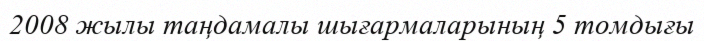
2008 жылы таңдамалы шығармаларының 5 томдығы